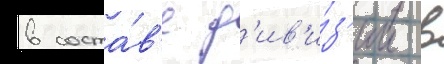
в соста́в'е д'ив'и́з'ии в